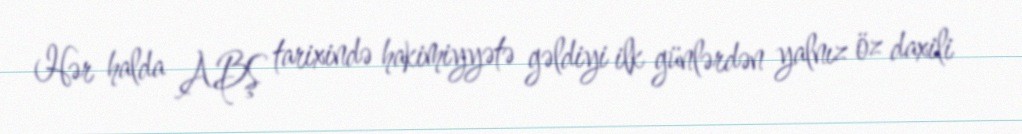
Hər halda ABŞ tarixində hakimiyyətə gəldiyi ilk günlərdən yalnız öz daxili